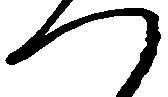
つ